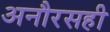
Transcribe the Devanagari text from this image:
अनौरसही